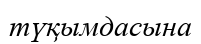
түқымдасына